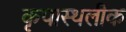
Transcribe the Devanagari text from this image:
कृपास्थलीक